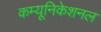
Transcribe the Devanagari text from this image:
कम्यूनिकेशनल